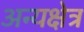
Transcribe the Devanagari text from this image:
अन्यक्षेत्र